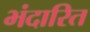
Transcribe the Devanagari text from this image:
भंदारित